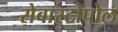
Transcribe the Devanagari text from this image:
सेबास्टोपोल